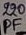
Text: 220PF